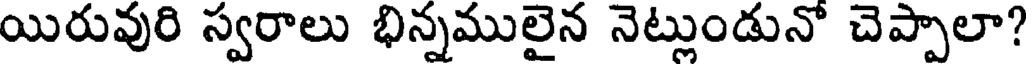
యిరువురి స్వరాలు భిన్నములైన నెట్లుండునో చెప్పాలా?